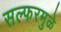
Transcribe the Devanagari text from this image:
सल्फरमुळे